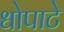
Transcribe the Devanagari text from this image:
धोपाटे